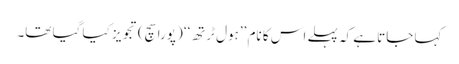
کہا جاتا ہے کہ پہلے اس کا نام ’’ہول ٹرتھ‘‘ (پورا سچ) تجویز کیا گیا تھا۔